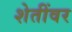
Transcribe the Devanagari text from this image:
शेतींवर